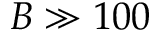
B \gg 1 0 0